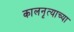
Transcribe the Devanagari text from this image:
कालनृत्याच्या